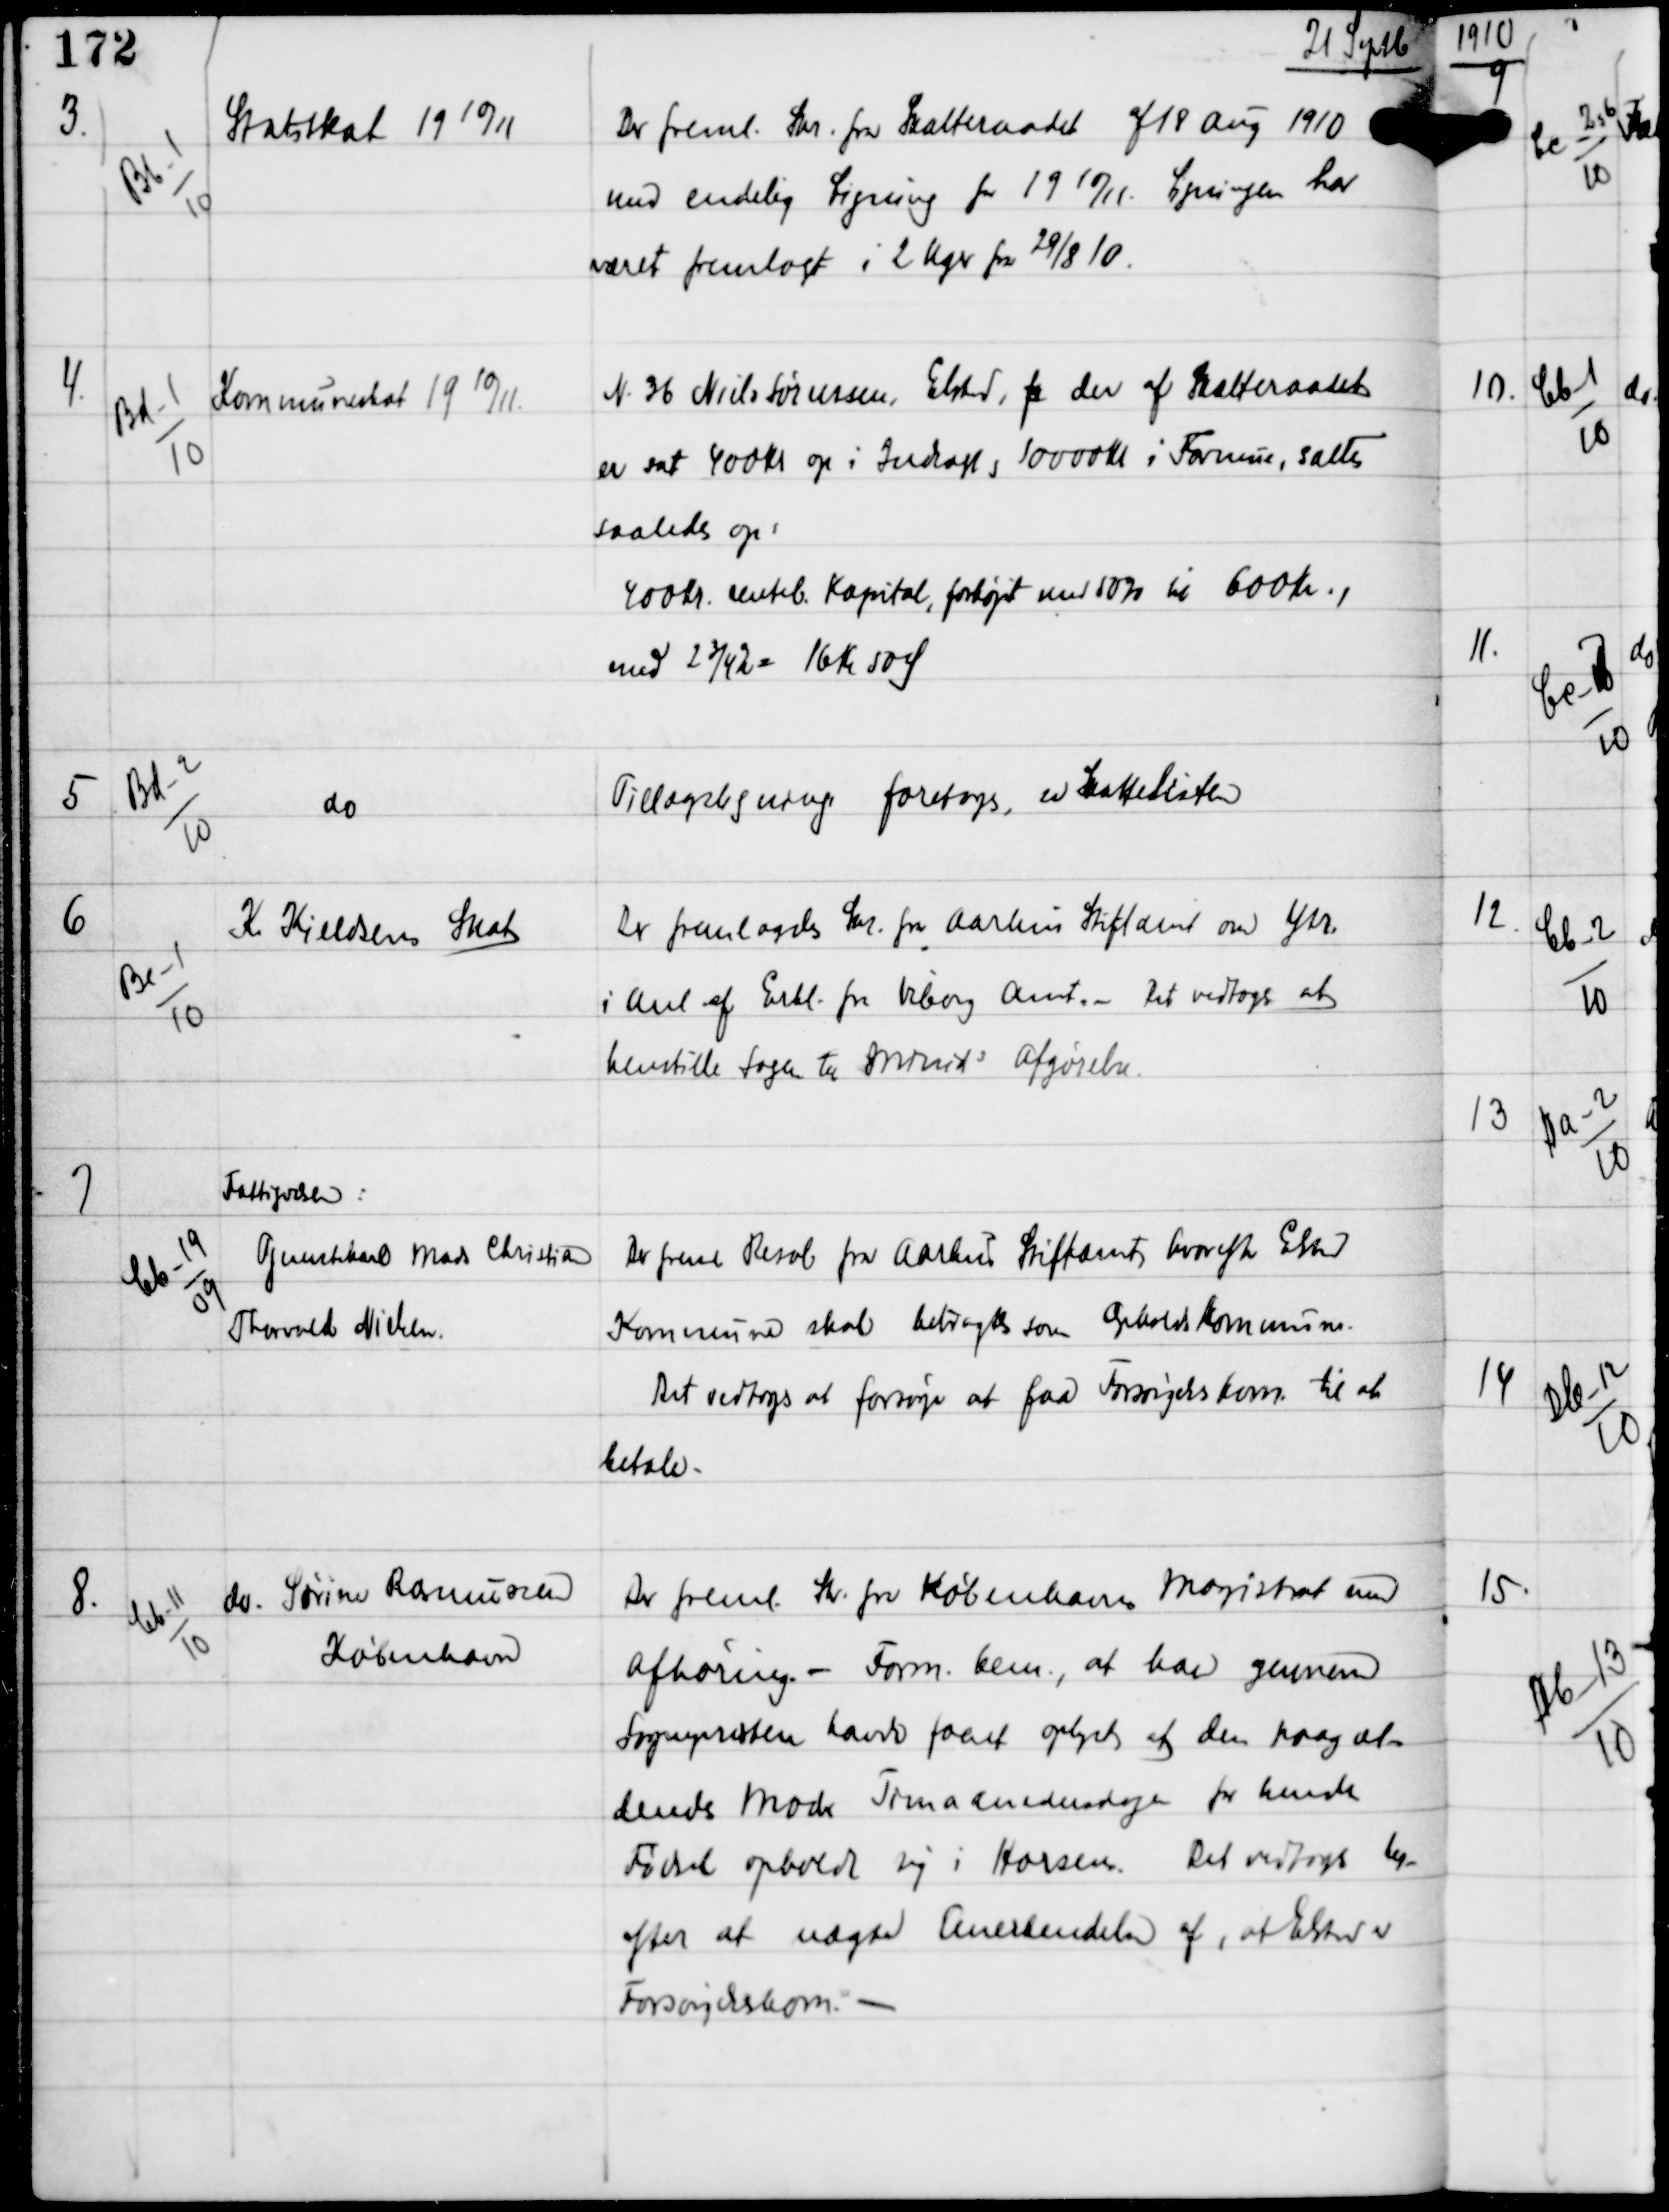
Transskription:
21 Septb

3.

Bb-1
10

Statsskat 19 10/11

Der freml Skr fra Skatteraadet af 18 Aug 1910
med endelig Ligning for 19 10/11. Ligningen har
været fremlagt i 2 Uger fra 29/8 10.

4.

Bd-1
10

Kommuneskat 19 10/11

N 36 Niels Sørensen, Elsted, fa der af Skatteraadet
er sat 400 kr op i Indtægt og 10000 Kr i Formue, sættes
saaledes op:
400 Kr renteb. Kapital, forhøjet med 50% til 600 Kr og
med 2¾% = 16 Kr 50 Ø

5

Bd-2
10

do

Tillægsligning foretoges, se Skattelisten

6

Be-1
10

K. Kieldsens Skat

Der fremlagdes Skr fra Aarhus Stiftamt om Ytr
i Anl af Erkl fra Viborg Amt. - Det vedtoges at
henstille Sagen til Minists Afgørelse.

7

Cb-19
09

Fattigvæsen:
Tjenestkarl Mads Christian
Thorvald Nielsen

Der freml Resol fra Aarhus Stiftamt, hvorefter Elsted
Kommune skal betragtes som Opholdskommune.
Det vedtoges at forsøge, at faa Forsørgelskom. til at
betale -

8.

Cb-11
10

do Sørine Rasmussen
København

Der freml. Skr. fra Københavns Magistrat med
afhøring - Form bem, at han gennem
Sognepræsten havde faaet oplyst at den paagæl-
dendes Moder Timaanedersdagen for hendes
Fødsel opholdt sig i Horsens. Det vedtoges her-
efter at nægte Anerkendelse af, at Elsted er
Forsørgelseskom. -